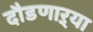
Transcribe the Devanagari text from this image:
दौडणाऱ्या